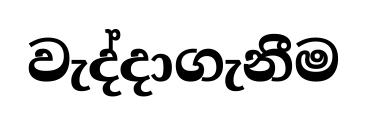
වැද්දාගැනීම